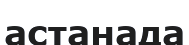
астанада